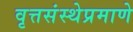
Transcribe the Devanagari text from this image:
वृत्तसंस्थेप्रमाणे